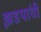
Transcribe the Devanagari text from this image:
झडपांची